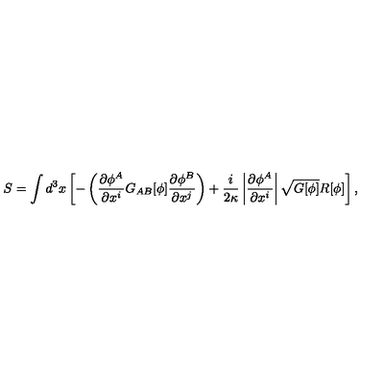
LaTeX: S = \int d ^ { 3 } x \left[ - \left( \frac { \partial \phi ^ { A } } { \partial x ^ { i } } G _ { A B } [ \phi ] \frac { \partial \phi ^ { B } } { \partial x ^ { j } } \right) + \frac { i } { 2 \kappa } \left| \frac { \partial \phi ^ { A } } { \partial x ^ { i } } \right| \sqrt { G [ \phi ] } R [ \phi ] \right] ,